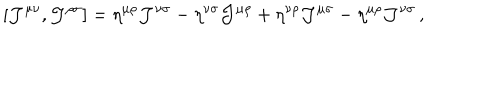
LaTeX: [ { \cal J } ^ { \mu \nu } , { \cal J } ^ { \rho \sigma } ] = \eta ^ { \mu \rho } { \cal J } ^ { \nu \sigma } - \eta ^ { \nu \sigma } { \cal J } ^ { \mu \rho } + \eta ^ { \nu \rho } { \cal J } ^ { \mu \sigma } - \eta ^ { \mu \rho } { \cal J } ^ { \nu \sigma } \, ,